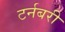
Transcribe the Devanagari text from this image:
टर्नबरी